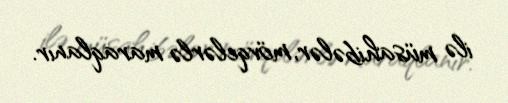
ilə müsahibələr, mövqelərlə maraqlanır.